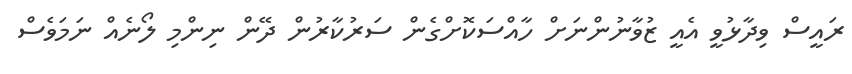
ރައީސް ވިދާޅުވީ އެއީ ޒުވާނުންނަށް ހާއްސަކޮށްގެން ސަރުކާރުން ދޭން ނިންމި ލޯނެއް ނަމަވެސް